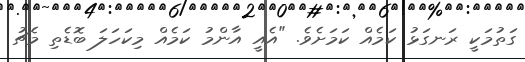
ގަތުމަކީ ރަނގަޅު ކަމެއް ކަމަށެވެ. "އެއީ އާންމު ކަމެއް މިކަހަލަ ބޮޑެތި މެޗު